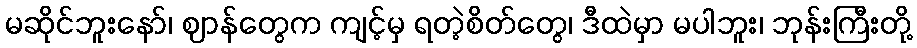
မဆိုင်ဘူးနော်၊ ဈာန်တွေက ကျင့်မှ ရတဲ့စိတ်တွေ၊ ဒီထဲမှာ မပါဘူး၊ ဘုန်းကြီးတို့